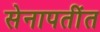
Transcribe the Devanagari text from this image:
सेनापतींत